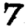
Digit: 7